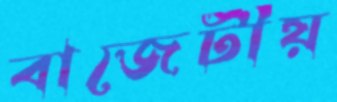
বাজেটীয়